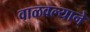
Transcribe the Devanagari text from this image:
वाळवल्याने